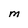
Character: M